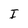
Character: I